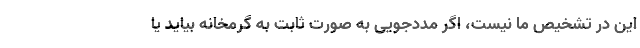
این در تشخیص ما نیست، اگر مددجویی به صورت ثابت به گرمخانه بیاید یا